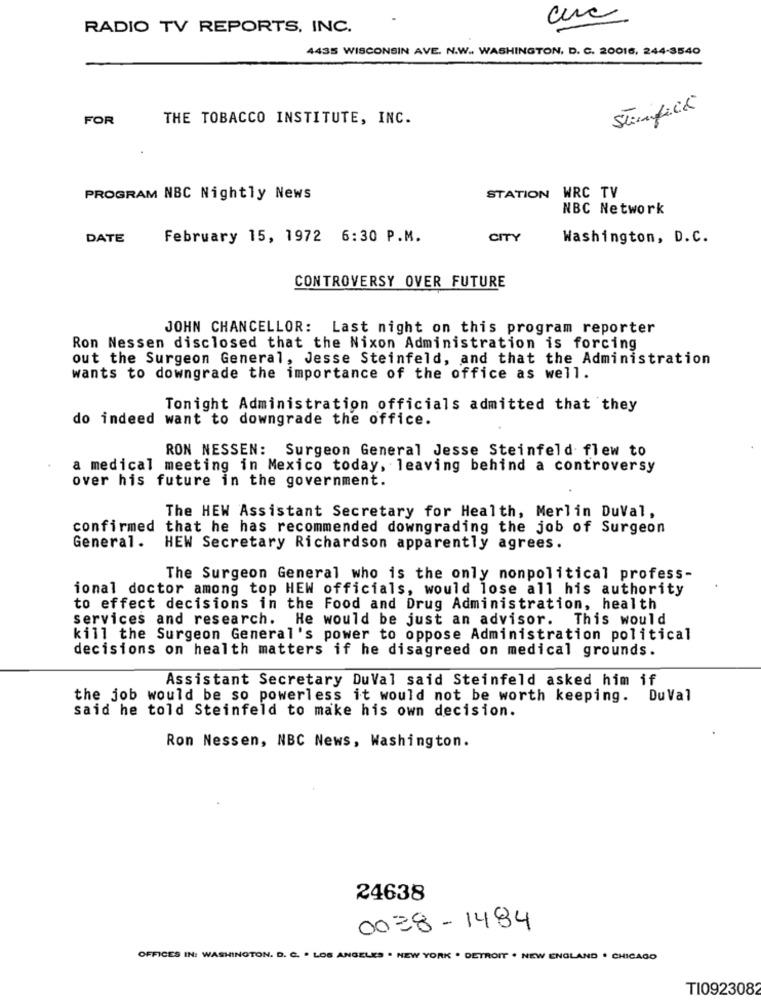
RADIO TV REPORTS, INC.
4435 WISCONSIN AVE. N.W .. WASHINGTON, D. C. 20016, 244-3540
Stinfick
FOR
THE TOBACCO INSTITUTE, INC.
STATION WRC TV
PROGRAM NBC Nightly News
NBC Network
DATE
February 15, 1972 6:30 P.M.
CITY
Washington, D.C.
CONTROVERSY OVER FUTURE
JOHN CHANCELLOR: Last night on this program reporter
Ron Nessen disclosed that the Nixon Administration is forcing
out the Surgeon General, Jesse Steinfeld, and that the Administration
wants to downgrade the importance of the office as well.
Tonight Administration officials admitted that they
do indeed want to downgrade the office.
RON NESSEN: Surgeon General Jesse Steinfeld flew to
a medical meeting in Mexico today, leaving behind a controversy
over his future in the government.
The HEW Assistant Secretary for Health, Merlin DuVal,
confirmed that he has recommended downgrading the job of Surgeon
General.
HEW Secretary Richardson apparently agrees.
The Surgeon General who is the only nonpolitical profess-
ional doctor among top HEW officials, would lose all his authority
to effect decisions in the Food and Drug Administration, health
services and research. He would be just an advisor. This would
kill the Surgeon General's power to oppose Administration political
decisions on health matters if he disagreed on medical grounds.
Assistant Secretary DuVal said Steinfeld asked him if
the job would be so powerless it would not be worth keeping. DuVal
said he told Steinfeld to make his own decision.
Ron Nessen, NBC News, Washington.
24638
0038-1484
OFFICES IN: WASHINGTON. D. C. . LOS ANGELES . NEW YORK . DETROIT . NEW ENGLAND . CHICAGO
TI0923082